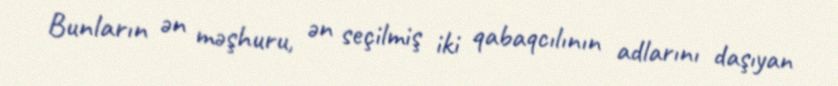
Bunların ən məşhuru, ən seçilmiş iki qabaqcılının adlarını daşıyan